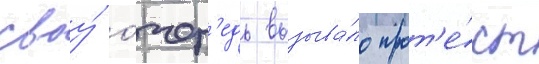
своу́ о́чер'едь вызыва́ло прот'е́ст